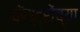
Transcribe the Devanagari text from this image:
कॅस्ट्रोंच्या